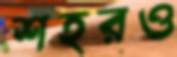
শহরও